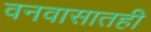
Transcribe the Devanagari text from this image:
वनवासातही